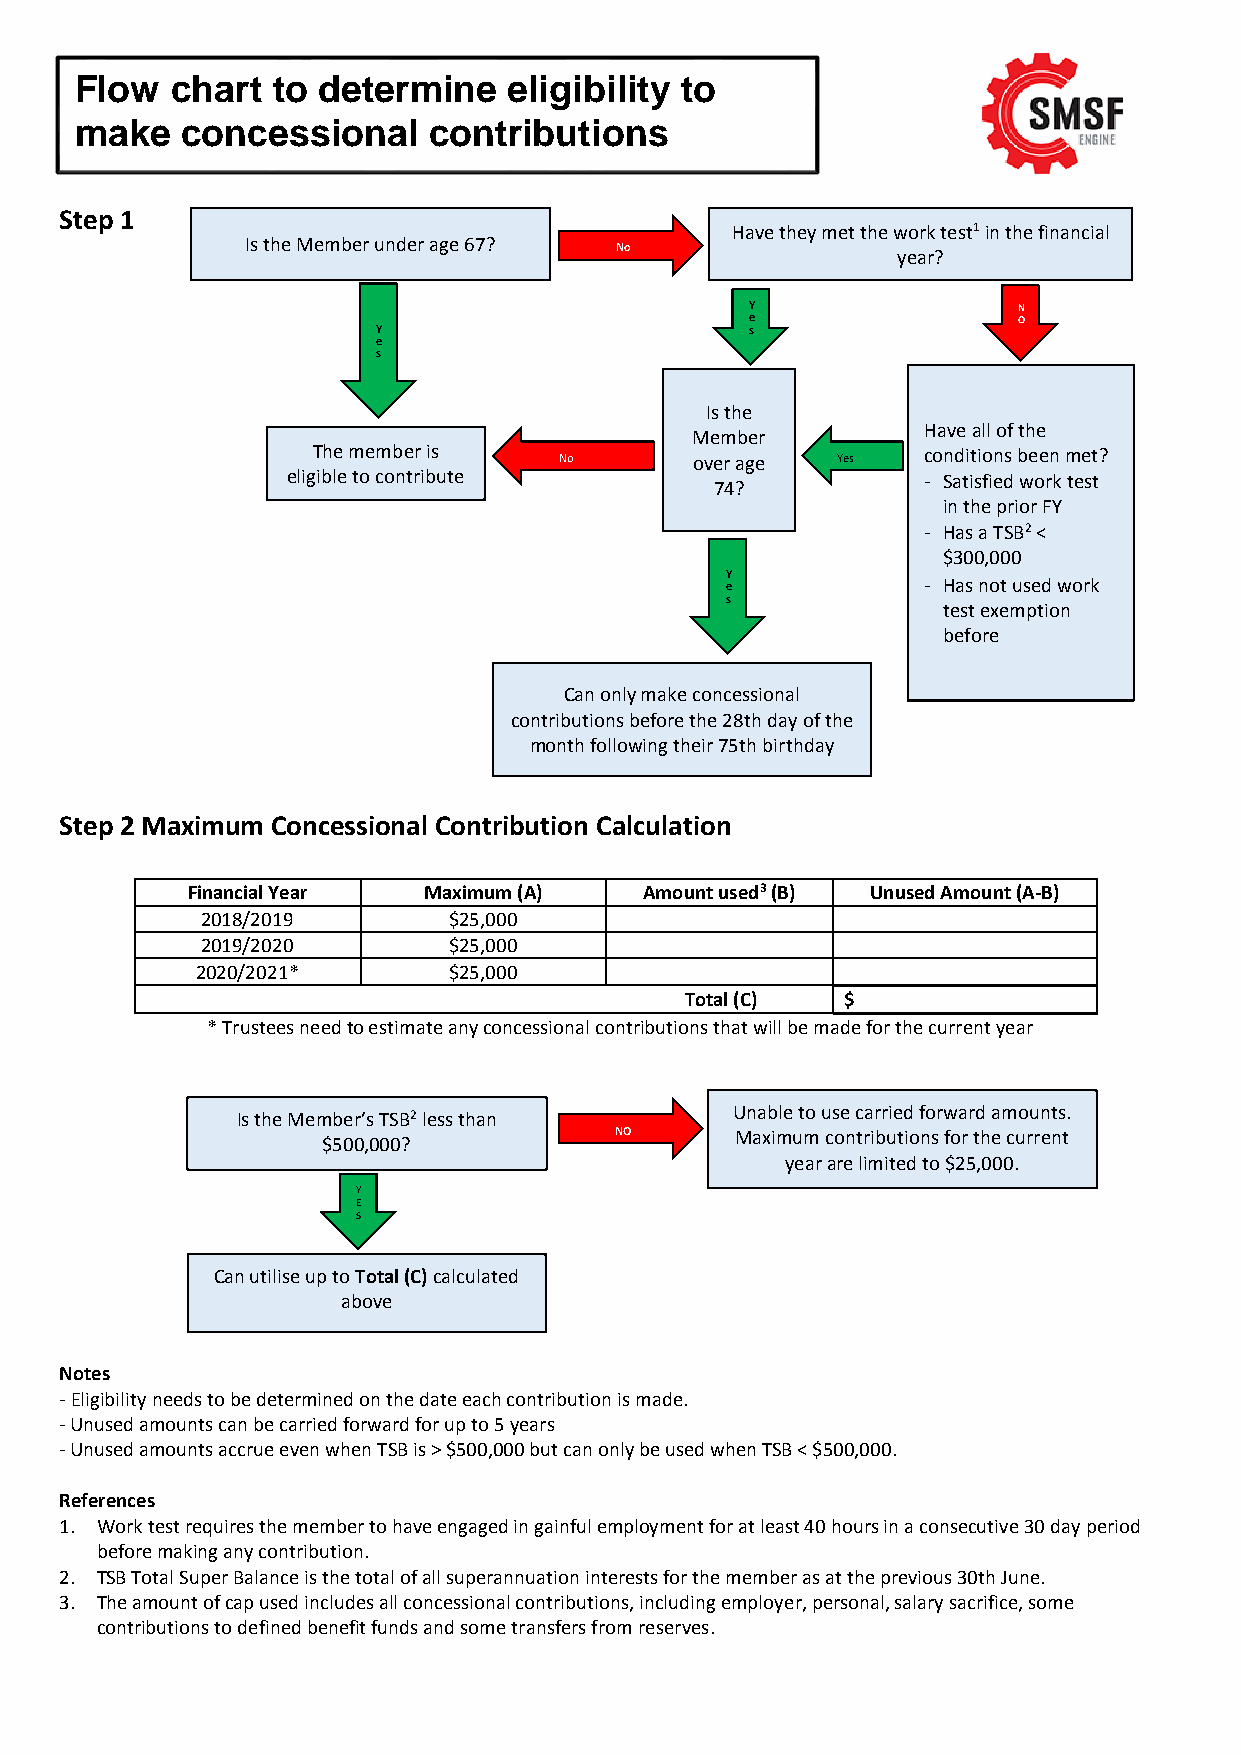
Flow  chart  to determine    eligibil ity to
 make   concessional    contributions
 Step 1
 Have they met the work test1 in the financial
 Is the Member under age 67?
 No                year?
 Y                N
 e                O
 Y                        s
 e
 s
 Is the
 Have all of the
 Member
 The member is   No       over age Yes   conditions been met?
 eligible to contribute                    - Satisfied work test
 74?
 in the prior FY
 - Has a TSB2 <
 $300,000
 Y e          - Has not used work
 s
 test exemption
 before
 Can only make concessional
 contributions before the 28th day of the
 month following their 75th birthday
 Step 2 Maximum Concessional Contribution Calculation
 Financial Year  Maximum (A)    Amount used3 (B) Unused Amount (A-B)
 2018/2019        $25,000
 2019/2020        $25,000
 2020/2021*       $25,000
 Total (C)  $
 * Trustees need to estimate any concessional contributions that will be made for the current year
 Is the Member’s TSB2 less than   Unable to use carried forward amounts.
 NO      Maximum contributions for the current
 $500,000?
 year are limited to $25,000.
 Y
 E
 S
 Can utilise up to Total (C) calculated
 above
 Notes
 - Eligibility needs to be determined on the date each contribution is made.
 - Unused amounts can be carried forward for up to 5 years
 - Unused amounts accrue even when TSB is > $500,000 but can only be used when TSB < $500,000.
 References
 1. Work test requires the member to have engaged in gainful employment for at least 40 hours in a consecutive 30 day period
 before making any contribution.
 2. TSB Total Super Balance is the total of all superannuation interests for the member as at the previous 30th June.
 3. The amount of cap used includes all concessional contributions, including employer, personal, salary sacrifice, some
 contributions to defined benefit funds and some transfers from reserves.